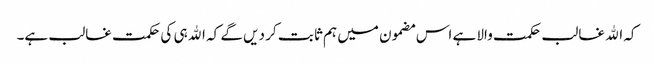
کہ اﷲ غالب حکمت والا ہے اس مضمون میں ہم ثا بت کر دیں گے کہ اﷲ ہی کی حکمت غالب ہے۔